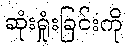
ဆုံးရှုံးခြင်းကို